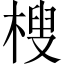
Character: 㮴